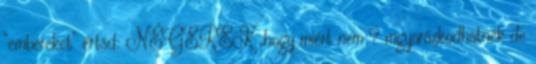
“embereket” értsd: NÉGEREK ,hogy miért nem ? mgyarázkodhatnék de